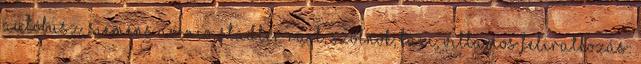
autóbusz, Siemens Avenio, Stadler Rail, Szolnok, taxi, villamos Feliratkozás: